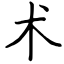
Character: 术